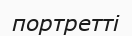
портретті